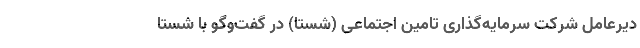
دیرعامل شرکت سرمایه‌گذاری تامین اجتماعی (شستا) در گفت‌وگو با شستا